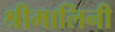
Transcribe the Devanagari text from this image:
श्रीमालिनी